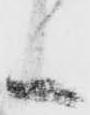
候